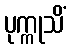
ပုက္ကုသိံ